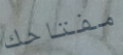
مفتاحك